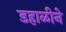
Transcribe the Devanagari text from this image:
डहाळीने